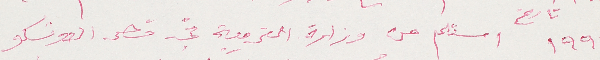
١٩٩٩ تاريخ استلم من وزارة التربية في قصر اليونسكو